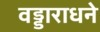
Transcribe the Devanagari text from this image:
वड्डाराधने